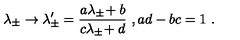
\lambda _ { \pm } \rightarrow \lambda _ { \pm } ^ { \prime } = { \frac { a \lambda _ { \pm } \! + b } { c \lambda _ { \pm } \! + d } } \ , a d - b c = 1 \ .